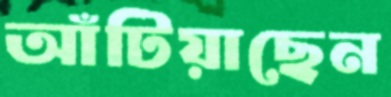
আঁটিয়াছেন